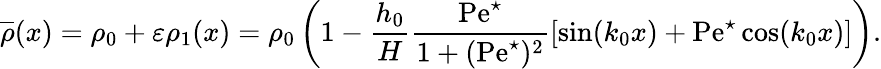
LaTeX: \overline{{\rho}}(x)=\rho_{0}+\varepsilon\rho_{1}(x)=\rho_{0}\left(1-\frac{h_{0}}{H}\frac{\mathrm{Pe}^{\star}}{1+(\mathrm{Pe}^{\star})^{2}}\left[\sin(k_{0}x)+\mathrm{Pe}^{\star}\cos(k_{0}x)\right]\right).